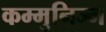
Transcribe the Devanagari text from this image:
कम्मुनिज्म